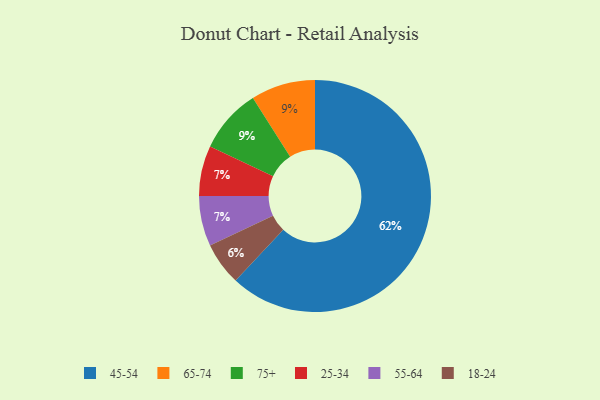
{"axis": {"x": "Category", "y": "Percentage"}, "legend": ["18-24", "25-34", "45-54", "55-64", "65-74", "75+"], "data": [{"x": "45-54", "y": 62, "type": "45-54"}, {"x": "18-24", "y": 6, "type": "18-24"}, {"x": "25-34", "y": 7, "type": "25-34"}, {"x": "65-74", "y": 9, "type": "65-74"}, {"x": "75+", "y": 9, "type": "75+"}, {"x": "55-64", "y": 7, "type": "55-64"}]}